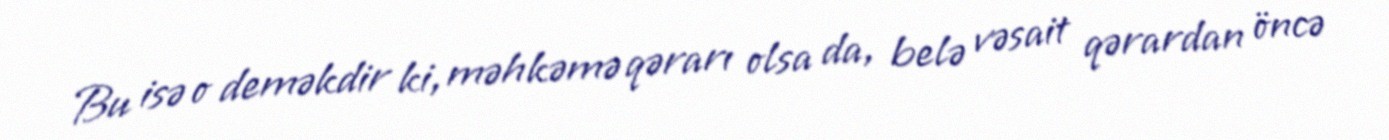
Bu isə o deməkdir ki, məhkəmə qərarı olsa da, belə vəsait qərardan öncə